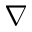
\nabla